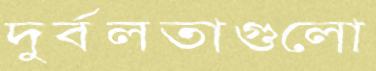
দুর্বলতাগুলো